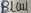
Text: Blau